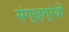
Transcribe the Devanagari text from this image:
संग्रहग्रंथों